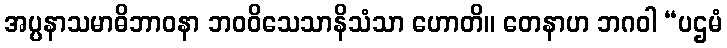
အပ္ပနာသမာဓိဘာဝနာ ဘဝဝိသေသာနိသံသာ ဟောတိ။ တေနာဟ ဘဂဝါ “ပဌမံ